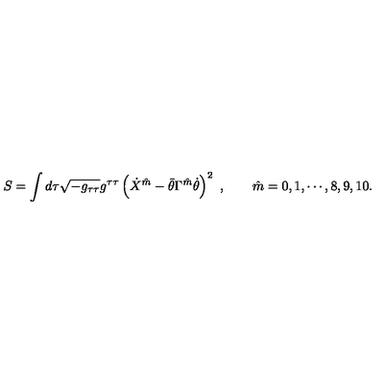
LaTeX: S = \int d \tau \sqrt { - g _ { \tau \tau } } g ^ { \tau \tau } \left( \dot { X } ^ { \hat { m } } - \bar { \theta } \Gamma ^ { \hat { m } } \dot { \theta } \right) ^ { 2 } \ , \qquad \hat { m } = 0 , 1 , \cdots , 8 , 9 , 1 0 .